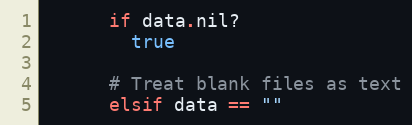
Language: Ruby
      if data.nil?
        true

      # Treat blank files as text
      elsif data == ""